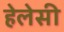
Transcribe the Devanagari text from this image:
हेलेसी